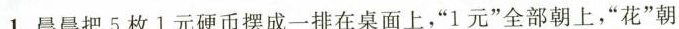
1.晨晨把5枚1元硬币摆成一排在桌面上，”1元”全部朝上，”花”朝下，每次翻3枚，那么最少翻几次，可以使这些硬币全部”花”朝上?